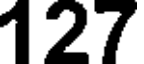
127